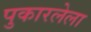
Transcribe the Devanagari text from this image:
पुकारलेला